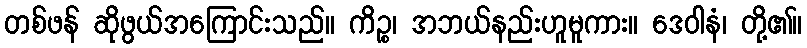
တစ်ဖန် ဆိုဖွယ်အကြောင်းသည်။ ကိဉ္စ၊ အဘယ်နည်းဟူမူကား။ ဒေဝါနံ၊ တို့၏။